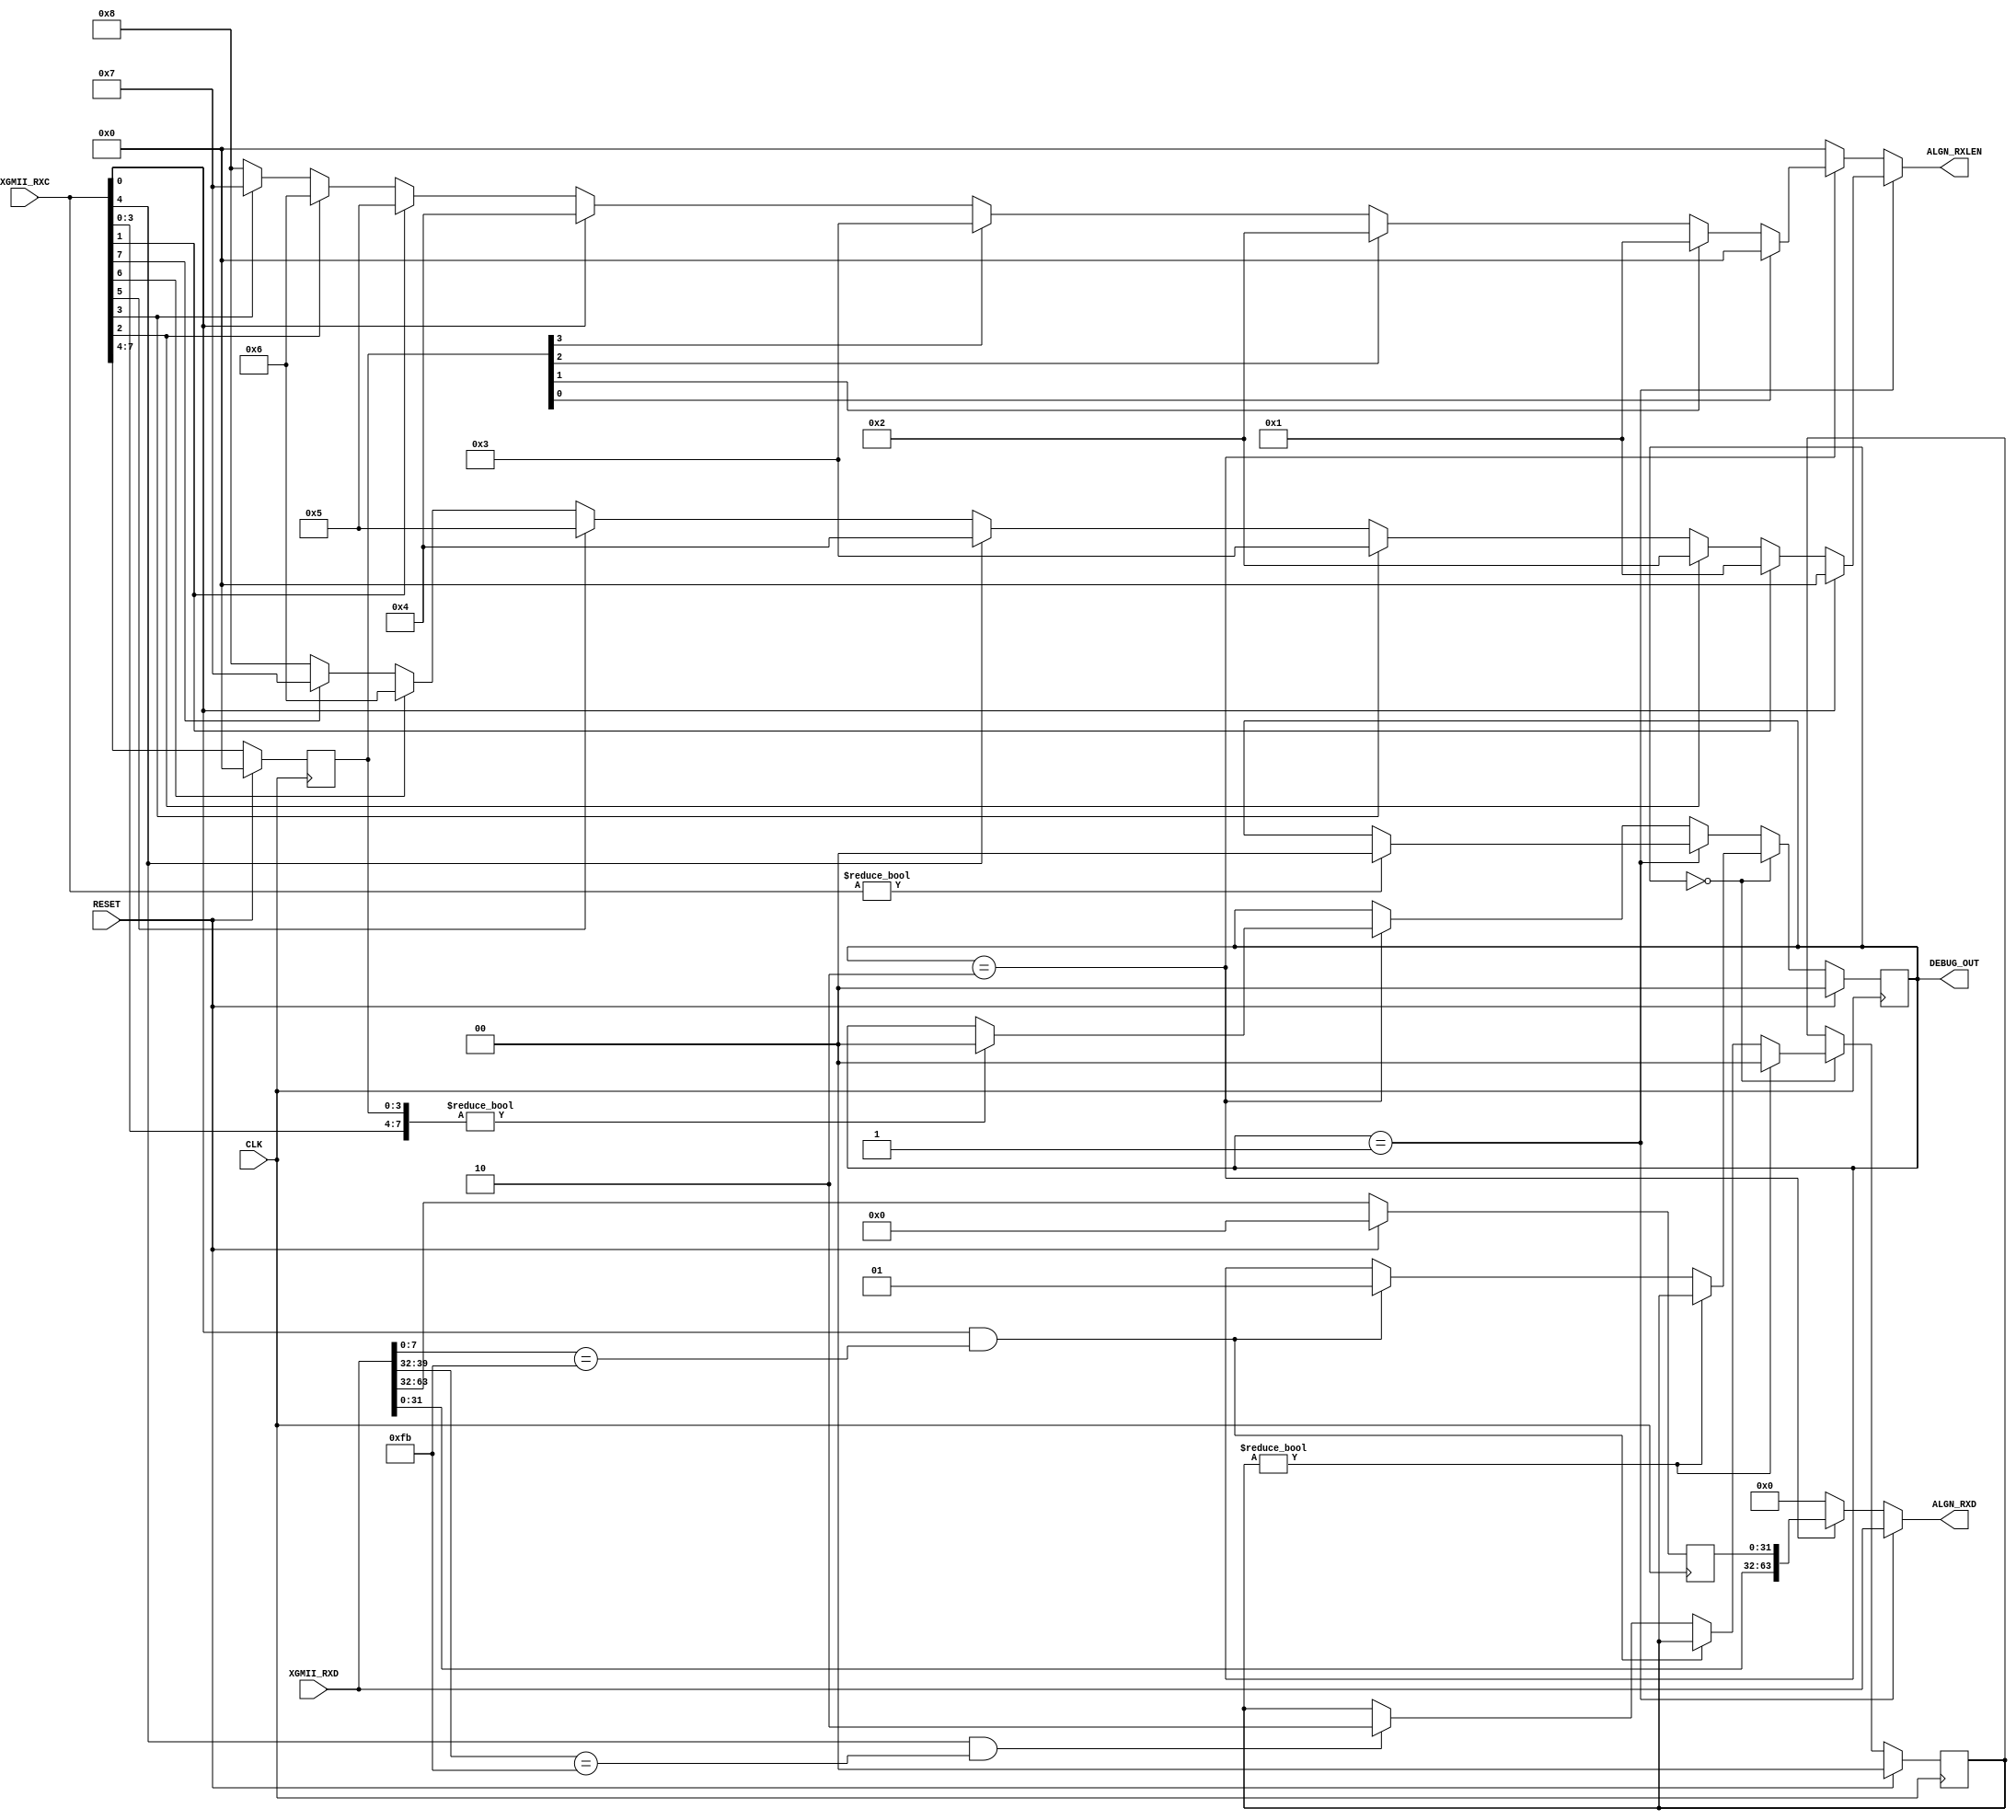

// Copyright (C) Akira Higuchi  ( https://github.com/ahiguti )
// Copyright (C) DeNA Co.,Ltd. ( https://dena.com )
// All rights reserved.
// See COPYRIGHT.txt for details


module xgmii_rx_align_p1(
input CLK,
input RESET,
input [7:0] XGMII_RXC,
input [63:0] XGMII_RXD,
output [3:0] ALGN_RXLEN,
output [63:0] ALGN_RXD,
output [1:0] DEBUG_OUT
);

reg [3:0] half_rxc;
reg [31:0] half_rxd;
reg [1:0] state;
reg [1:0] state_next;

wire [7:0] xgmii_rxc = XGMII_RXC;
wire [63:0] xgmii_rxd = XGMII_RXD;

wire [7:0] misaligned_rxc = { xgmii_rxc[3:0], half_rxc[3:0] };
wire [63:0] misaligned_rxd = { xgmii_rxd[31:0], half_rxd[31:0] };

function [3:0] calc_rxlen(input [7:0] rxc);
begin
    if (rxc[0] == 1)  calc_rxlen = 0;
    else if (rxc[1] == 1) calc_rxlen = 1;
    else if (rxc[2] == 1) calc_rxlen = 2;
    else if (rxc[3] == 1) calc_rxlen = 3;
    else if (rxc[4] == 1) calc_rxlen = 4;
    else if (rxc[5] == 1) calc_rxlen = 5;
    else if (rxc[6] == 1) calc_rxlen = 6;
    else if (rxc[7] == 1) calc_rxlen = 7;
    else calc_rxlen = 8;
end
endfunction

wire [63:0] algn_rxd_nr =
    (state == 1) ? xgmii_rxd :
    (state == 2) ? misaligned_rxd :
    0;
wire [7:0] algn_rxlen_nr =
    (state == 1) ? calc_rxlen(xgmii_rxc) :
    (state == 2) ? calc_rxlen(misaligned_rxc) :
    0;

assign ALGN_RXLEN = algn_rxlen_nr;
assign ALGN_RXD = algn_rxd_nr;
assign DEBUG_OUT = state;

always @(posedge CLK) begin
    if (RESET) begin
        half_rxc <= 0;
        half_rxd <= 0;
        state <= 0;
        state_next <= 0;
    end else begin
        half_rxc <= xgmii_rxc[7:4];
        half_rxd <= xgmii_rxd[63:32];
        if (state == 0) begin
            if (state_next != 0) begin
                state <= state_next;
                state_next <= 0;
            end else if (xgmii_rxc[0] == 1 && xgmii_rxd[7:0] == 8'hfb) begin
                state <= 1;
            end else if (xgmii_rxc[4] == 1 && xgmii_rxd[39:32] == 8'hfb) begin
                state_next <= 2;
            end
        end else if (state == 1) begin
            if (xgmii_rxc != 0) begin
                state <= 0;
            end
        end else if (state == 2) begin
            if (misaligned_rxc != 0) begin
                state <= 0;
            end
        end
    end
end

endmodule